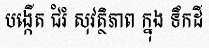
បង្កើត ជំរំ សុវត្ថិភាព ក្នុង ទឹកដី